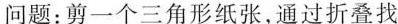
问题：剪一个三角形纸张，通过折叠找